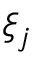
\xi _ { j }